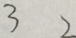
3 2